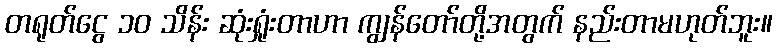
တရုတ်ငွေ ၁၀ သိန်း ဆုံးရှုံးတာဟာ ကျွန်တော်တို့အတွက် နည်းတာမဟုတ်ဘူး။